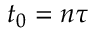
t _ { 0 } = n \tau